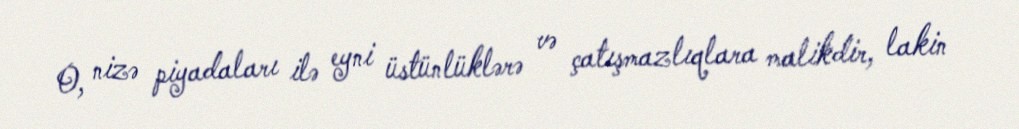
O, nizə piyadaları ilə eyni üstünlüklərə və çatışmazlıqlara malikdir, lakin